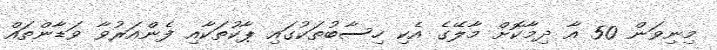
މިނިވަން 50 އާ ދިމާކޮށް މާލޭގެ އެކި ހިސާބުތަކުގައި ޕާކުތަކާއި ފެންއަރުވާ ވަޑާންތައް